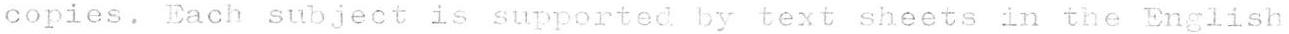
copies. Each subject is supported by text sheets in the English